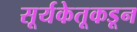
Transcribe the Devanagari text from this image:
सूर्यकेतूकडून